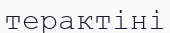
терактіні